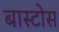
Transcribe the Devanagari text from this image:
बास्टोस